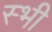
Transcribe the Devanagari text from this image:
स्भी